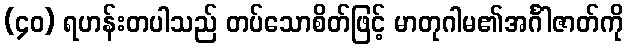
(၄၀) ရဟန်းတပါသည် တပ်သောစိတ်ဖြင့် မာတုဂါမ၏အင်္ဂါဇာတ်ကို